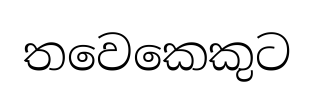
තවෙකෙකුට